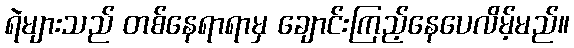
ရဲများသည် တစ်နေရာရာမှ ချောင်းကြည့်နေပေလိမ့်မည်။